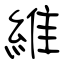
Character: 維